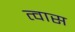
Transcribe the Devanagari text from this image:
त्वास